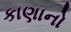
કાણાનો